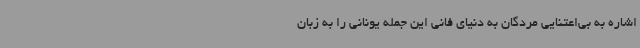
اشاره به بی‌اعتنایی مردگان به دنیای فانی این جمله یونانی را به زبان